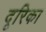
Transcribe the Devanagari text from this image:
दूरिका